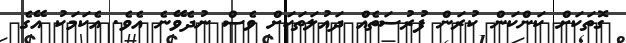
ގޮތަކަށް ކަންކަން ކުރަން ފުރުސަތެއް ދައުލަތަކަށް ވެސް ނުދެވޭނެ އެވެ. އެކަމަކު އޭގެ